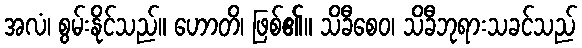
အလံ၊ စွမ်းနိုင်သည်။ ဟောတိ၊ ဖြစ်၏။ သိခီစေဝ၊ သိခီဘုရားသခင်သည်